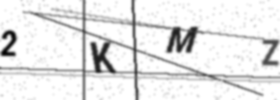
Text: 2KMZ